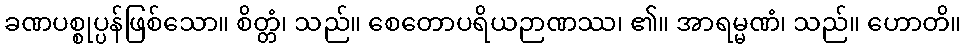
ခဏပစ္စုပ္ပန်ဖြစ်သော။ စိတ္တံ၊ သည်။ စေတောပရိယဉာဏဿ၊ ၏။ အာရမ္မဏံ၊ သည်။ ဟောတိ။